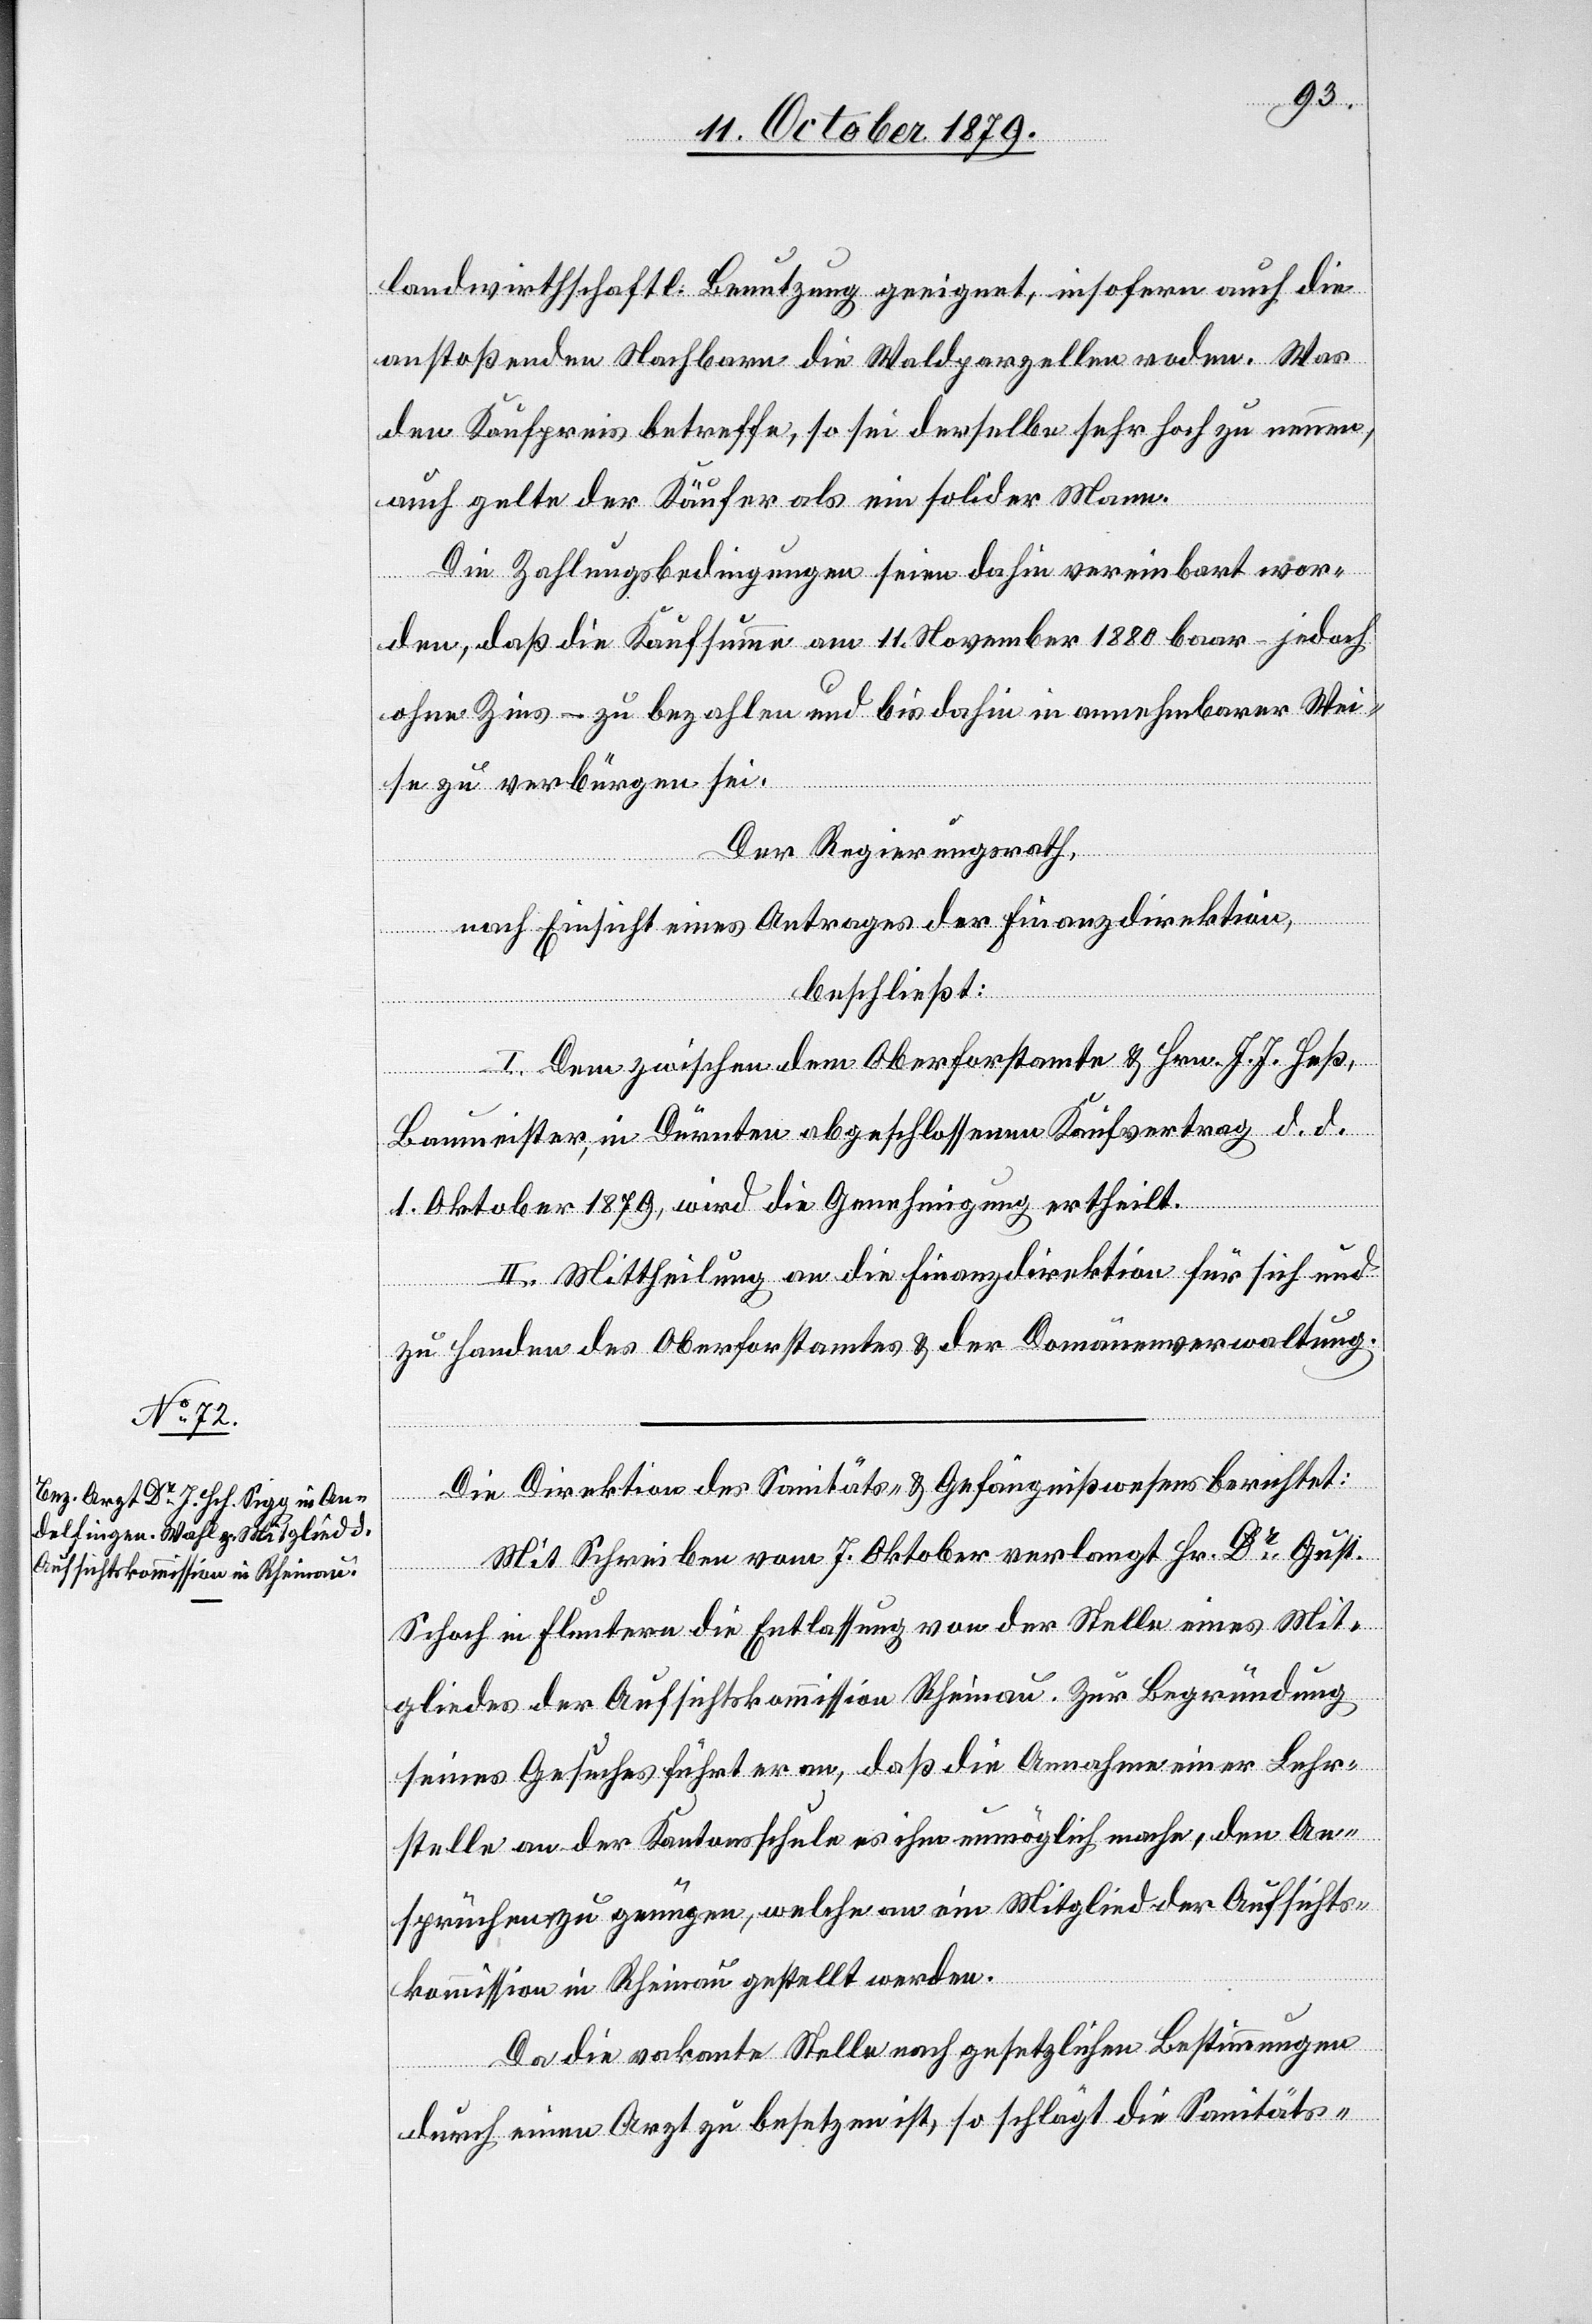
landwirthschaftl. Benutzung geeignet, insofern auch die
anstoßenden Nachbarn die Waldparzelle roden. Was
den Kaufpreis betreffe, so sei derselbe sehr hoch zu nennen,
auch gelte der Käufer als ein solider Mann.
Die Zahlungsbedingungen seien dahin vereinbart wor¬
den, daß die Kaufsumme am 11. November 1880 baar – jedoch
ohne Zins – zu bezahlen und bis dahin in annehmbarer Wei¬
se zu verbürgen sei.
Der Regierungsrath,
nach Einsicht eines Antrages der Finanzdirektion,
beschließt:
I. Dem zwischen dem Oberforstamte & Hrn. J. J. Heß,
Baumeister, in Dürnten abgeschlossenen Kaufvertrag d. d.
1. Oktober 1879, wird die Genehmigung ertheilt.
II. Mittheilung an die Finanzdirektion für sich und
zu Handen des Oberforstamtes & der Domänenverwaltung.
Die Direktion des Sanitäts- & Gefängißwesens berichtet:
Mit Schreiben vom 7. Oktober verlangt Hr. Dr Gust.
Schoch in Fluntern die Entlassung von der Stelle eines Mit¬
gliedes der Aufsichtskommission Rheinau. Zur Begründung
seines Gesuches führt er an, daß die Annahme einer Lehr¬
stelle an der Kantonsschule es ihm unmöglich mache, den An¬
sprüchen zu genügen, welche an ein Mitglied der Aufsichts¬
kommission in Rheinau gestellt werden.
Da die vakante Stelle nach gesetzlichen Bestimmungen
durch einen Arzt zu besetzen ist, so schlägt die Sanitäts-